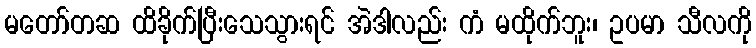
မတော်တဆ ထိခိုက်ပြီးသေသွားရင် အဲဒါလည်း ကံ မထိုက်ဘူး၊ ဥပမာ သီလကို